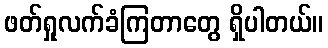
ဖတ်ရှုလက်ခံကြတာတွေ ရှိပါတယ်။